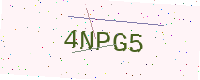
Text: 4NPG5